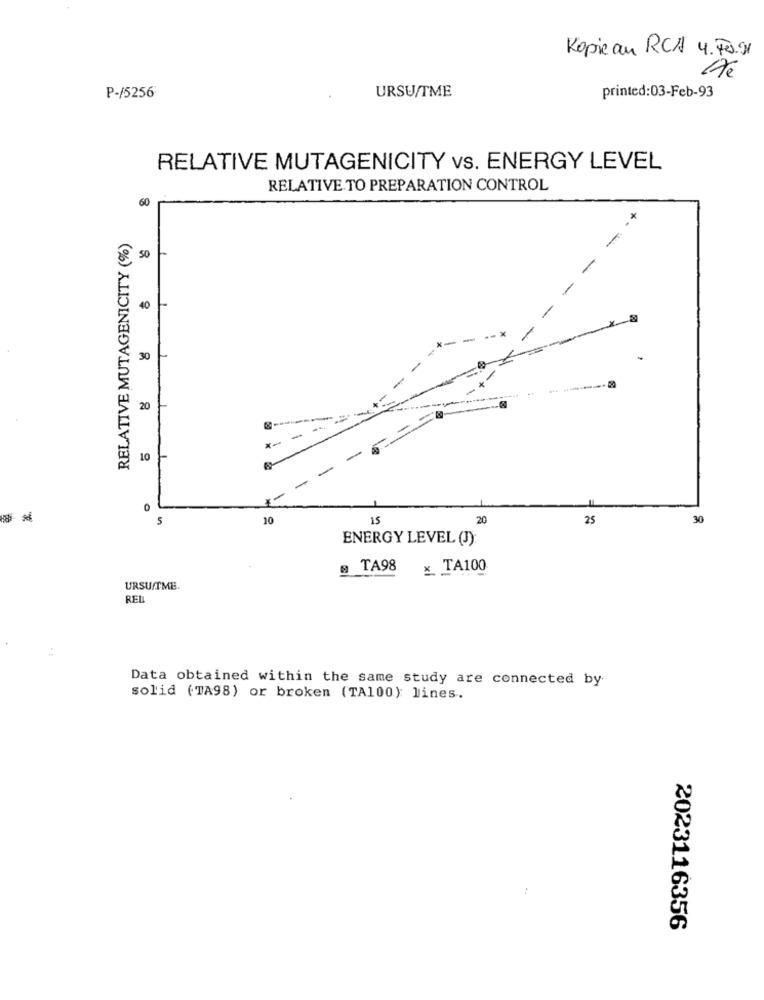
Kopie au RCA 4.70.91
URSU/TME
P-/5256
printed:03-Feb-93
RELATIVE MUTAGENICITY vs. ENERGY LEVEL
RELATIVE TO PREPARATION CONTROL
60
.*
RELATIVE MUTAGENICITY (%)
50
40
30
-------
20
10
0
5
10
15
20
25
30
ENERGY LEVEL (J):
TA98
x. TA100
URSUITME.
REIL
Data obtained within the same study are connected by
solid (TA98) or broken (TA100) lines.
2023116356